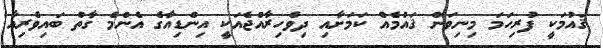
ޤައުމަކީ ފުރިހަމަ މިނިވަން ޤައުމެއް ކަމަށާއި ދިވެހިރާއްޖެއަކީ އިންޑިއާގެ އެންމެ ގާތް ބައިވެރިއާ